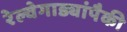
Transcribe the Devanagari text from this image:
रेल्वेगाड्यांपैकी